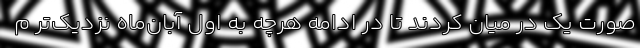
صورت یک در میان کردند تا در ادامه هرچه به اول آبان‌ماه نزدیک‌تر م